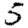
Digit: 5